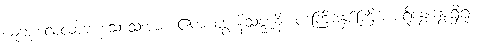
ယူဘူးလေ့လာဘူးသောသူအား။ ဧကံ ဒွေ နိသဇ္ဇာနိ၊ တကြိမ်နှစ်ကြိမ် စရိုနွေးနွေးရှိရုံ